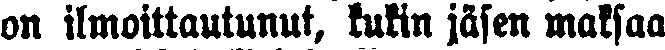
on ilmoittautunut, kukin jäsen maksaa